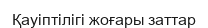
Қауіптілігі жоғары заттар